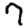
Digit: 7